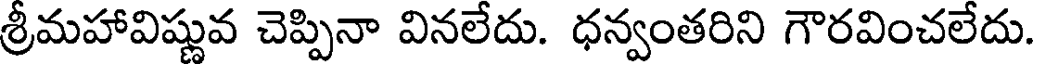
శ్రీమహావిష్ణువ చెప్పినా వినలేదు. ధన్వంతరిని గౌరవించలేదు.